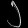
Digit: ၂